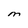
Character: M